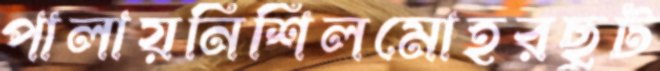
পালায়নিশিলমোহরছুট